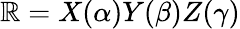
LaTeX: \mathbb{R}=X(\alpha)Y(\beta)Z(\gamma)